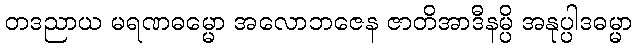
တဒညာယ မရဏဓမ္မော အလောဘဇေန ဇာတိအာဒီနမ္ပိ အနုပ္ပါဒဓမ္မာ